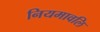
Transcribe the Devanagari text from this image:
नियमावलि